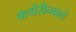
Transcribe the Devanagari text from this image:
क्लोरीनवाले